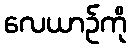
လေယာဉ်ကို